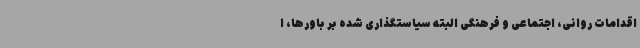
اقدامات روانی، اجتماعی و فرهنگی البته سیاستگذاری شده بر باورها، ا